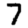
Digit: 7